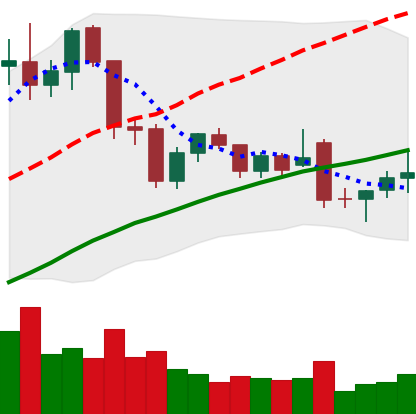
Ticker: LTC-USD
Chart end date: 2021-11-30
Forward return: -24.808%
Label: down_7plus